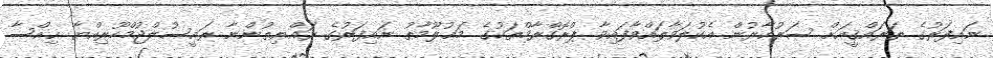
ނައިފަރުގެ ތަރައްޤީއަށް ސަރުކާރުން އެކުލަވާލައްވާފައިވާ ޕްރޮގްރާމްތަކުގެ މަޢުލޫމާތު ނައިފަރުގެ ރައްޔިތުންނާ ރައީސުލްޖުމްހޫރިއްޔާ ޙިއްޞާ